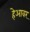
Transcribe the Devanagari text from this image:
हेआवर